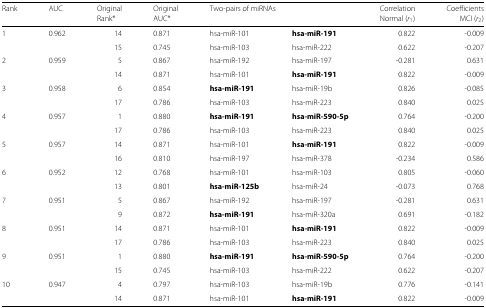
<table><thead><tr><td><b>Rank</b></td><td><b>AUC</b></td><td><b>Original</b></td><td><b>Original</b></td><td colspan="2"><b>Two-pairs of miRNAs</b></td><td><b>Correlation</b></td><td><b>Coefficients</b></td></tr><tr><td></td><td></td><td><b>Rank*</b></td><td><b>AUC*</b></td><td></td><td></td><td><b>Normal (<i>r</i><sub>1</sub>)</b></td><td><b>MCI (<i>r</i><sub>2</sub>)</b></td></tr></thead><tbody><tr><td>1</td><td>0.962</td><td>14</td><td>0.871</td><td>hsa-miR-101</td><td><b>hsa-miR-191</b></td><td>0.822</td><td>-0.009</td></tr><tr><td></td><td></td><td>15</td><td>0.745</td><td>hsa-miR-103</td><td>hsa-miR-222</td><td>0.622</td><td>-0.207</td></tr><tr><td>2</td><td>0.959</td><td>5</td><td>0.867</td><td>hsa-miR-192</td><td>hsa-miR-197</td><td>-0.281</td><td>0.631</td></tr><tr><td></td><td></td><td>14</td><td>0.871</td><td>hsa-miR-101</td><td><b>hsa-miR-191</b></td><td>0.822</td><td>-0.009</td></tr><tr><td>3</td><td>0.958</td><td>6</td><td>0.854</td><td><b>hsa-miR-191</b></td><td>hsa-miR-19b</td><td>0.826</td><td>-0.085</td></tr><tr><td></td><td></td><td>17</td><td>0.786</td><td>hsa-miR-103</td><td>hsa-miR-223</td><td>0.840</td><td>0.025</td></tr><tr><td>4</td><td>0.957</td><td>1</td><td>0.880</td><td><b>hsa-miR-191</b></td><td><b>hsa-miR-590-5p</b></td><td>0.764</td><td>-0.200</td></tr><tr><td></td><td></td><td>17</td><td>0.786</td><td>hsa-miR-103</td><td>hsa-miR-223</td><td>0.840</td><td>0.025</td></tr><tr><td>5</td><td>0.957</td><td>14</td><td>0.871</td><td>hsa-miR-101</td><td><b>hsa-miR-191</b></td><td>0.822</td><td>-0.009</td></tr><tr><td></td><td></td><td>16</td><td>0.810</td><td>hsa-miR-197</td><td>hsa-miR-378</td><td>-0.234</td><td>0.586</td></tr><tr><td>6</td><td>0.952</td><td>12</td><td>0.768</td><td>hsa-miR-101</td><td>hsa-miR-103</td><td>0.805</td><td>-0.060</td></tr><tr><td></td><td></td><td>13</td><td>0.801</td><td><b>hsa-miR-125b</b></td><td>hsa-miR-24</td><td>-0.073</td><td>0.768</td></tr><tr><td>7</td><td>0.951</td><td>5</td><td>0.867</td><td>hsa-miR-192</td><td>hsa-miR-197</td><td>-0.281</td><td>0.631</td></tr><tr><td></td><td></td><td>9</td><td>0.872</td><td><b>hsa-miR-191</b></td><td>hsa-miR-320a</td><td>0.691</td><td>-0.182</td></tr><tr><td>8</td><td>0.951</td><td>14</td><td>0.871</td><td>hsa-miR-101</td><td><b>hsa-miR-191</b></td><td>0.822</td><td>-0.009</td></tr><tr><td></td><td></td><td>17</td><td>0.786</td><td>hsa-miR-103</td><td>hsa-miR-223</td><td>0.840</td><td>0.025</td></tr><tr><td>9</td><td>0.951</td><td>1</td><td>0.880</td><td><b>hsa-miR-191</b></td><td><b>hsa-miR-590-5p</b></td><td>0.764</td><td>-0.200</td></tr><tr><td></td><td></td><td>15</td><td>0.745</td><td>hsa-miR-103</td><td>hsa-miR-222</td><td>0.622</td><td>-0.207</td></tr><tr><td>10</td><td>0.947</td><td>4</td><td>0.797</td><td>hsa-miR-103</td><td>hsa-miR-19b</td><td>0.776</td><td>-0.141</td></tr><tr><td></td><td></td><td>14</td><td>0.871</td><td>hsa-miR-101</td><td><b>hsa-miR-191</b></td><td>0.822</td><td>-0.009</td></tr></tbody></table>